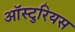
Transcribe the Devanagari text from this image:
ऑस्टुरियस